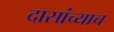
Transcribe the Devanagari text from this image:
दासांच्याच